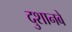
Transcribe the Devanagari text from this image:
दुशानबे